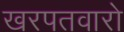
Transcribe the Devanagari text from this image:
खरपतवारो